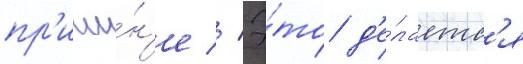
пр'ичи́н'е // Э́то д'е́лаетс'я